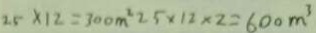
2 5 \times 1 2 = 3 0 0 m ^ { 2 } 2 5 \times 1 2 \times 2 = 6 0 0 m ^ { 3 }